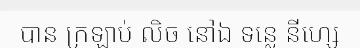
បាន ក្រឡាប់ លិច នៅឯ ទន្លេ នីហ្សេ